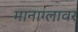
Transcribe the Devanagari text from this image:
मानाग्लावर